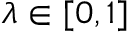
\lambda \in [ 0 , 1 ]